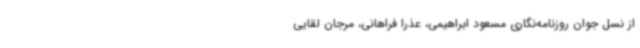
از نسل جوان روزنامه‌نگاری مسعود ابراهیمی، عذرا فراهانی، مرجان لقایی